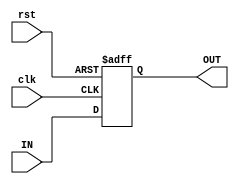
///////////////////////////////////////////////////////////
//
// Modified Date:   Wednesday, July 4, 2018, 12:22:59 AM
// Design Name:     REG
// Project Name:    RTHS
// Target Device:   Virtex Family FPGA
// Tool versions:   Vivado 2018.2
// Description:     Register bank
// 
// Licence:         These project have been published for 
//                  academic use only under GPLv3 License.
//                  Copyright  2018
//                  All Rights Reserved
///////////////////////////////////////////////////////////

module REG #( parameter NUM = 16)(
		//INPUT
		input clk, rst,
		input [NUM-1 :0] IN,
		
		//OUTPUT
		output reg [NUM-1 :0] OUT
	);
	
	always @(posedge clk or posedge rst) begin
		if(rst)
			OUT <= 0;
		else
			OUT <= IN;
	end

endmodule